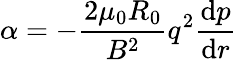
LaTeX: {\alpha=-\frac{2\mu_{0}R_{0}}{B^{2}}q^{2}\frac{\mathrm{d}p}{\mathrm{d}r}}